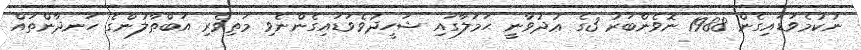
ނުކުމެވަޑައިގެން 1988 ނޮވެންބަރު 3ގެ ޢުދުވާނީ ޙަމަލާގައި ޝަހީދުވެވަޑައިގެންނެވި މަތިވެރި އަބްޠާލުންގެ ހަނދާންތައް